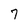
Character: 7